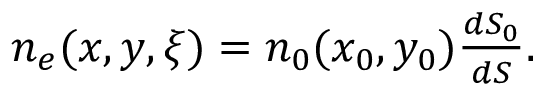
\begin{array} { r } { n _ { e } ( x , y , \xi ) = n _ { 0 } ( x _ { 0 } , y _ { 0 } ) \frac { d S _ { 0 } } { d S } . } \end{array}